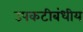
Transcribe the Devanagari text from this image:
उपकटीबंधीय